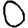
Digit: 0